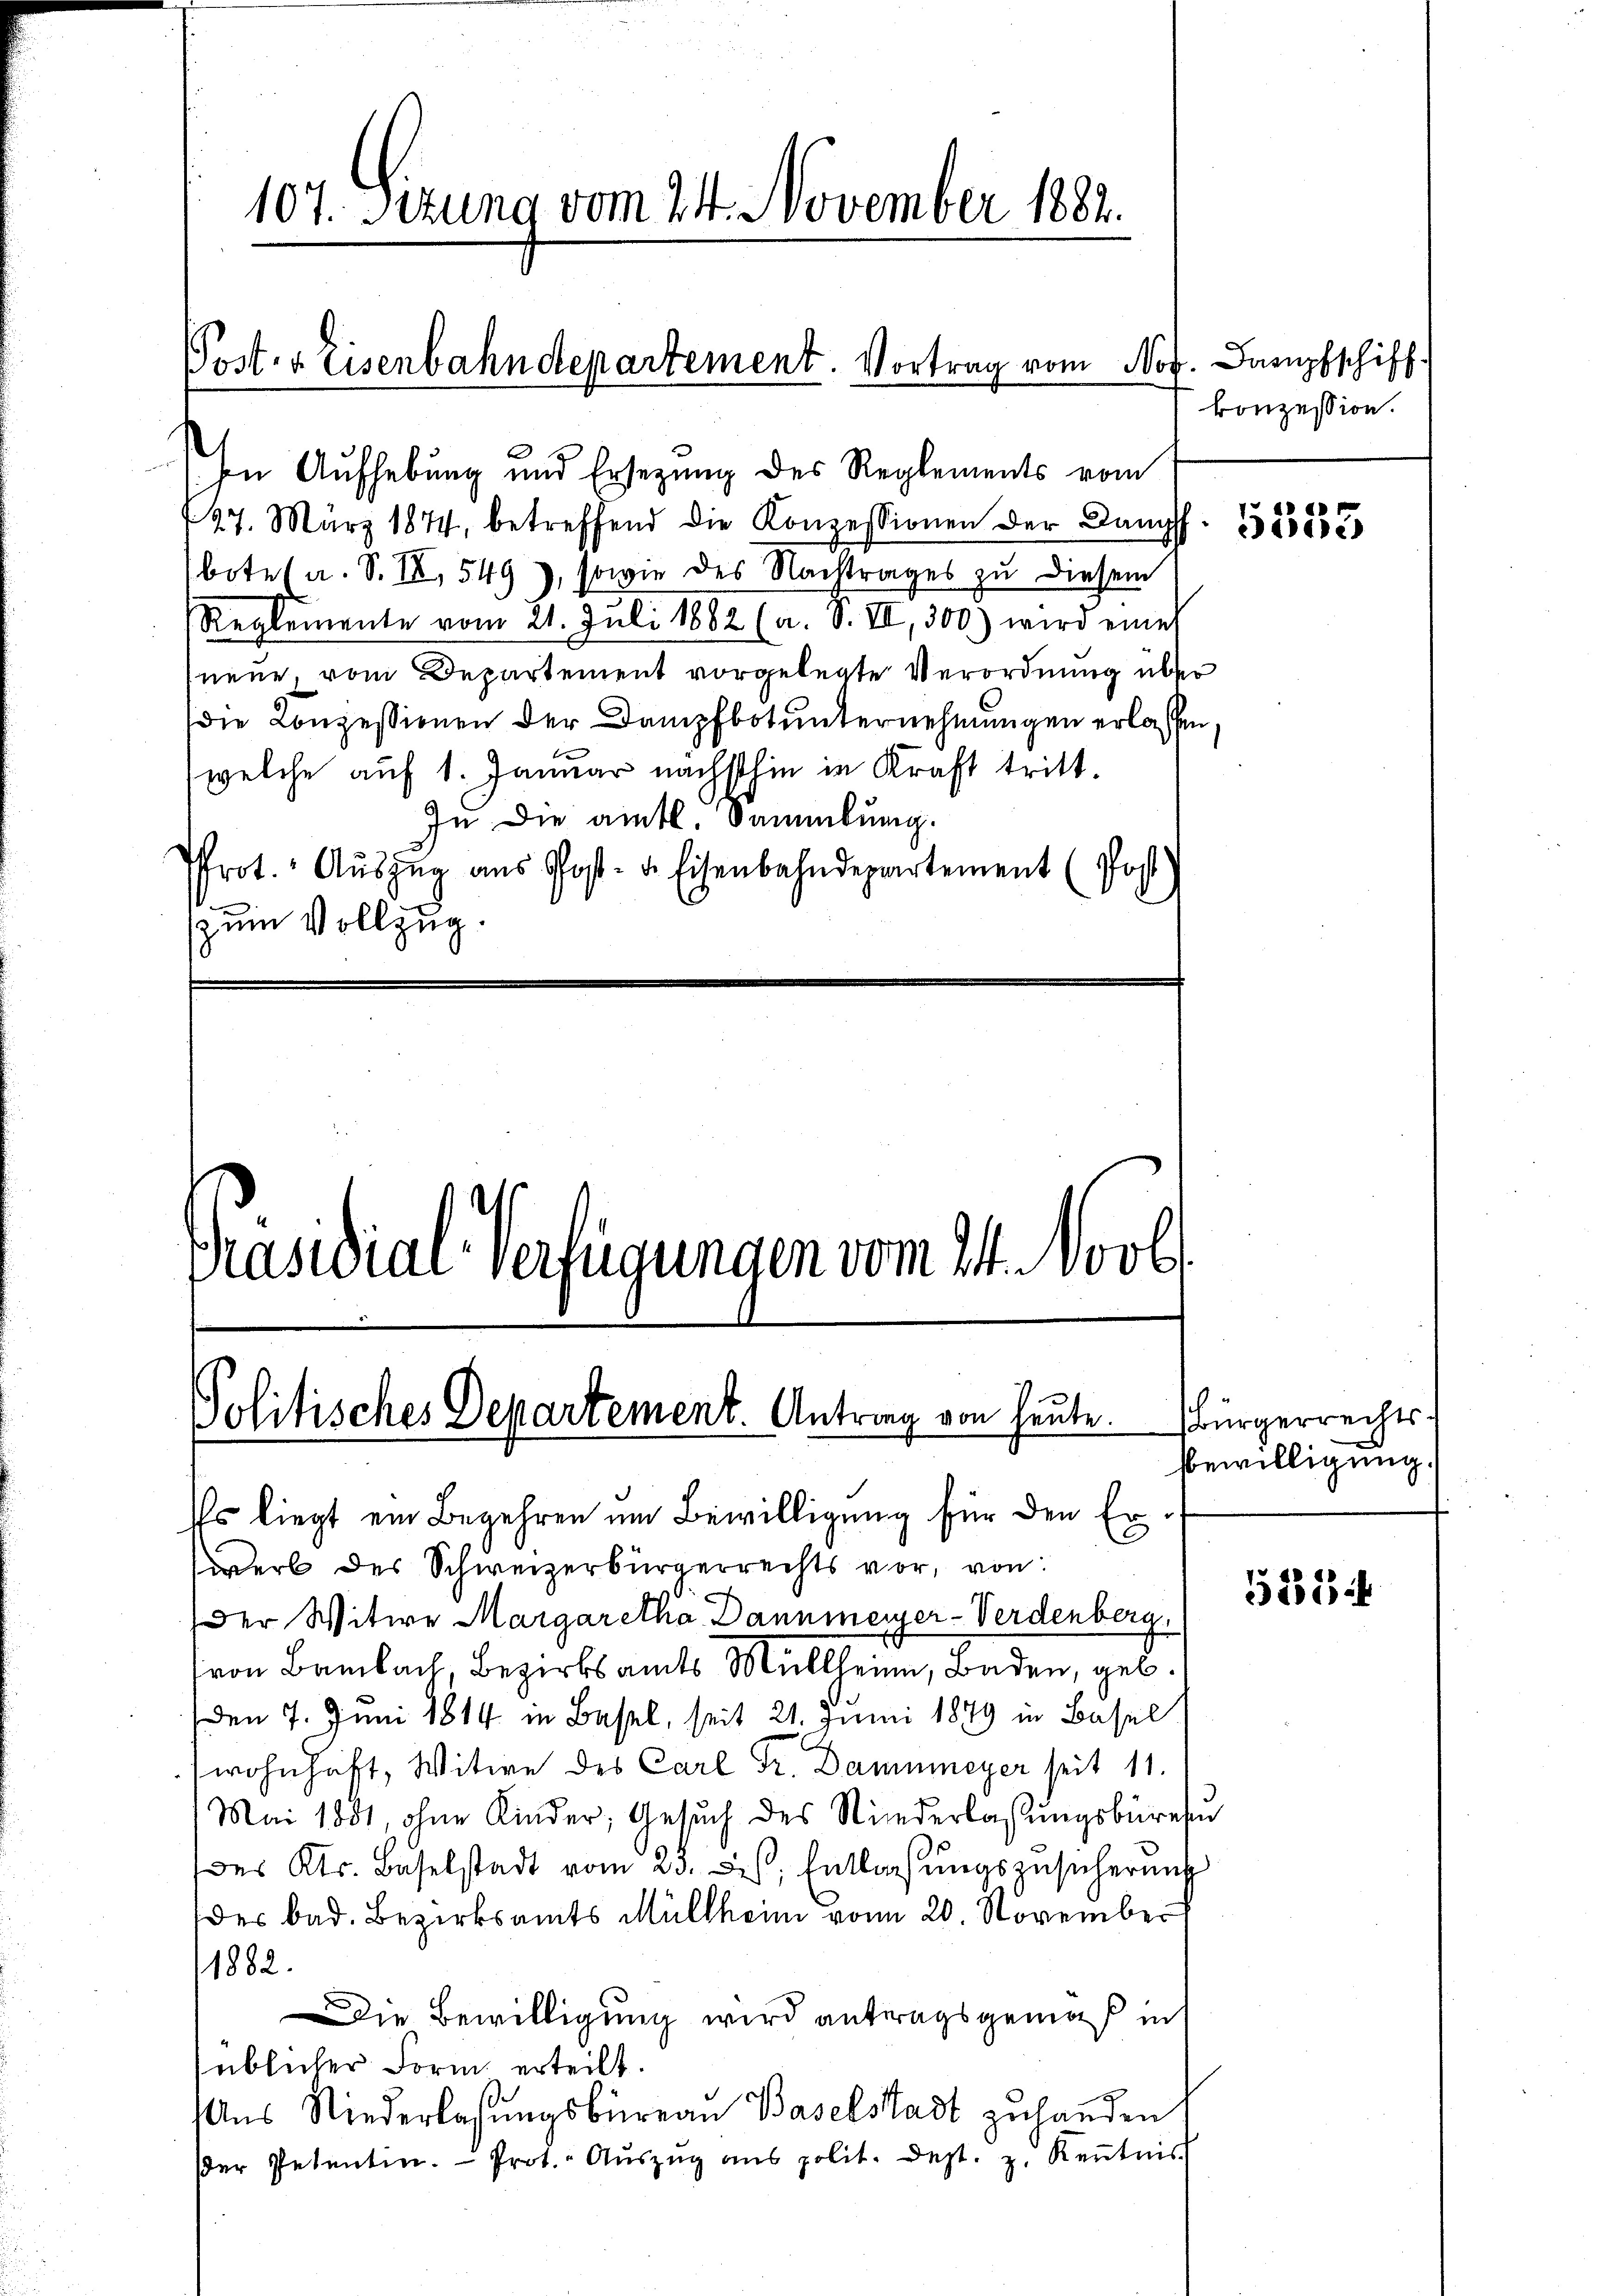
In Aufhebung und Ersezung des Reglements vom
27. März 1874, betreffend die Konzessionen der Dampff
botes a. S. II, 549), sowie des Nachtrages zu diesem
Reglemente vom 21. Juli 1882 (a. S. VII, 300.) wird eine
neue, vom Departement vorgelegte Verordnung über
die Konzessionen der Dampfbotunternehmungen erlassen
(welche auf 1. Januar nächsthin in Kraft tritt.
In die amtl. Sammlung.
Prot. Aŭszŭg aŭs Post- u. Eisenbahndepartement (Post
zum Vollzug.

Post- & Eisenbahndepartement. Vortrag vom No

107. Sizung vom 24. November 1882.

Präsidial-Verfügungen vom 11. Novb

Politisches Departement. Antrag von heute. Bürgerrechts¬

Es liegt ein Begehren um Bewilligung für den Erwerb des Schweizerbürgerrechts vor, von:
Der Witwe Margaretha Dannmerger-Verdenberg,
von Bambach, Bezirksamts Müllhein, Baden, geb.
Den 7. Juni 1814 in Basel, seit 21. Juni 1879 in Basel
wohnhaft, Witwe des Carl Fr. Dammmeyer seit 11.
Mai 1881, ohne Kinder, Gesuch des Niederlaßungsbüre
des Kts. Baselstadt vom 23. Jes. Entlassŭngszusicherung
der bad. Bezirksamts Müllheim vom 20. November
1882.
Die Bewilligung wird antragsgemäß in
süblicher Form erteilt.
Aus Niederlassungsbüreau Baselstadt zuhanden
dder Petentin. Prot. Aŭszŭg ans polit. dest. z. Keṅtnis

d. Dampfschiff
konzession.

5333

bewilligung

523 f